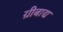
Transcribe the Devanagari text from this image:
ग्रीबाद्य